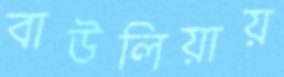
বাউলিয়ায়